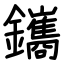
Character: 鑴